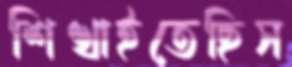
শিখাইতেছিস